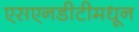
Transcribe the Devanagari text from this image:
एसएनडीटीमधून